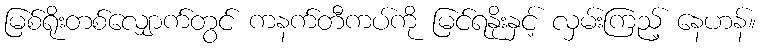
မြစ်ရိုးတစ်လျှောက်တွင် ကနက်တီကပ်ကို မြင်ရနိုးနှင့် လှမ်းကြည့် နေဟန်။